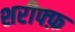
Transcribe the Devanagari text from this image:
शरीफ्फ़